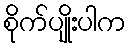
စိုက်ပျိုးပါက